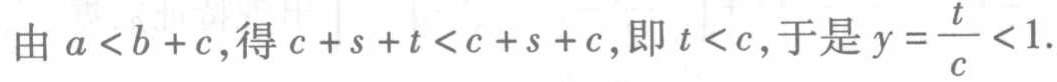
由\(a < b + c\),得\(c + s + t < c + s + c\),即\(t < c\),于是\(y = \frac{t}{c} < 1\).